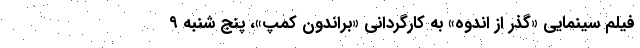
فیلم سینمایی «گذر از اندوه» به کارگردانی «براندون کمپ»، پنج شنبه ۹